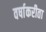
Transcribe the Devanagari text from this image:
वर्षाकरीता